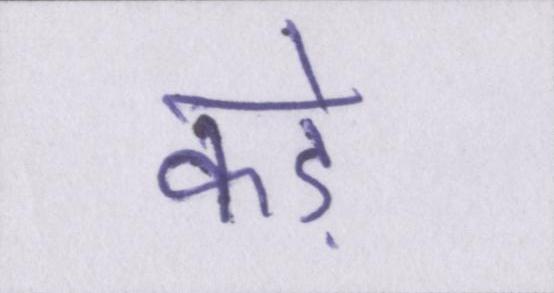
कड़े